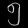
Digit: ၅